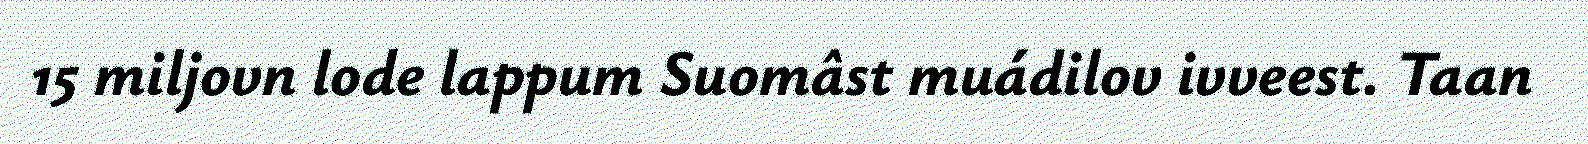
15 miljovn lode lappum Suomâst muádilov ivveest. Taan